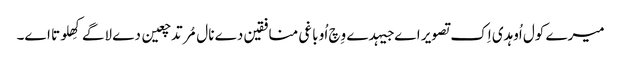
میرے کول اُوہدی اِک تصویر اے جیہدے وِچ اُو باغی منافقین دے نال مُرتد چعین دے لاگے کِھلوتا اے۔